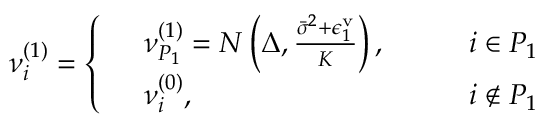
\begin{array} { r } { \nu _ { i } ^ { ( 1 ) } = \left\{ \begin{array} { r l r l } & { \nu _ { P _ { 1 } } ^ { ( 1 ) } = N \left( \Delta , \frac { \bar { \sigma } ^ { 2 } + \epsilon _ { 1 } ^ { \mathrm { v } } } { K } \right) , } & & { \quad i \in P _ { 1 } } \\ & { \nu _ { i } ^ { ( 0 ) } , } & & { \quad i \notin P _ { 1 } } \end{array} \right. } \end{array}